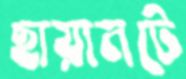
ছায়ানটে